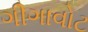
ગીગાવોટ